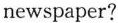
newspaper?